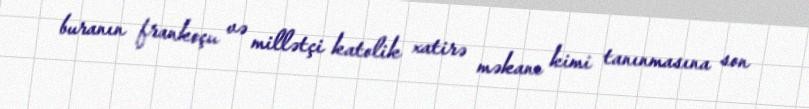
buranın frankoçu və millətçi katolik xatirə məkanı kimi tanınmasına son